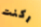
ركنت